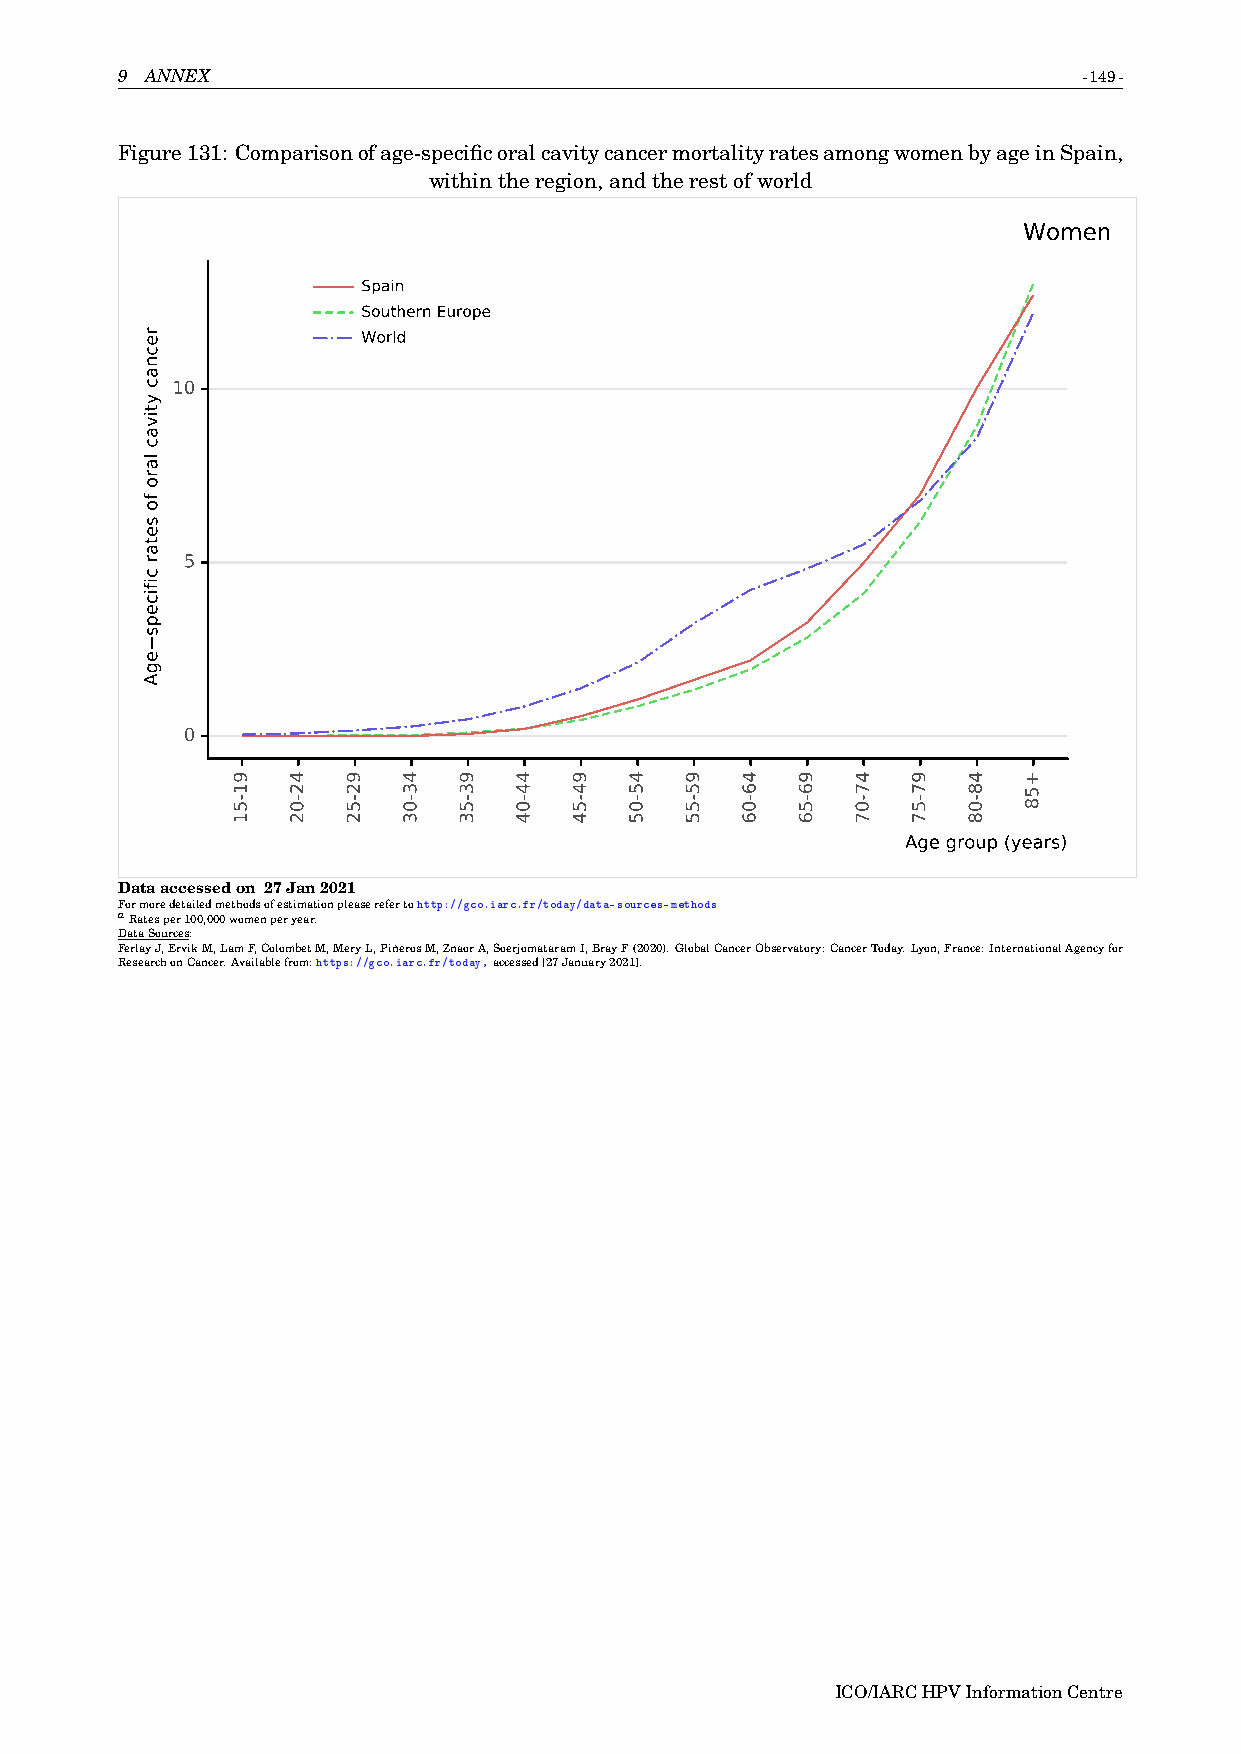
9 ANNEX                                                         -149-
 Figure131: Comparisonofage-specificoralcavitycancermortalityratesamongwomenbyageinSpain,
 withintheregion,andtherestofworld
 Women
 Spain
 Southern Europe
 World
 10
 5
 0
 Age group (years)
 Dataaccessedon 27Jan2021
 Formoredetailedmethodsofestimationpleaserefertohttp://gco.iarc.fr/today/data-sources-methods
 aRatesper100,000womenperyear.
 DataSources:
 FerlayJ,ErvikM,LamF,ColombetM,MeryL,PiñerosM,ZnaorA,SoerjomataramI,BrayF(2020).GlobalCancerObservatory:CancerToday.Lyon,France:InternationalAgencyfor
 ResearchonCancer.Availablefrom:https://gco.iarc.fr/today,accessed[27January2021].
 ICO/IARCHPVInformationCentre
 recnac
 ytivac
 laro
 fo
 setar
 cificeps
 egA
 91-51 42-02 92-52 43-03 93-53 44-04 94-54 45-05 95-55 46-06 96-56 47-07 97-57 48-08 +58